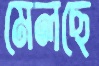
মেলছে